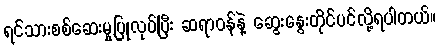
ရင်သားစစ်ဆေးမှုပြုလုပ်ပြီး ဆရာဝန်နဲ့ ဆွေးနွေးတိုင်ပင်လို့ရပါတယ်။